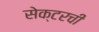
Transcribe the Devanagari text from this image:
सेक्टरची